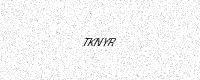
Text: TKNYR